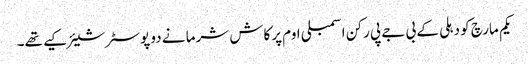
یکم مارچ کو دہلی کے بی جے پی رکن اسمبلی اوم پرکاش شرما نے دو پوسٹر شیئر کیے تھے۔